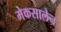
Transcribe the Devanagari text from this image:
मेकसालेन